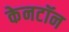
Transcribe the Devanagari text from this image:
केनटॉन